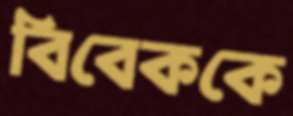
বিবেককে